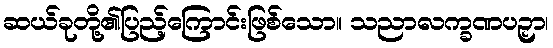
ဆယ်ခုတို့၏ပြည့်ကြောင်းဖြစ်သော။ သညာလက္ခဏပဉှာ၊